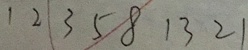
1 2 3 5 8 1 3 2 1